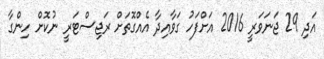
އަދި 29 ޖަނަވަރީ 2016 އަށްފަހު ގަވާއިދާ އެއްގޮތަށް ރަޖިސްޓަރީ ނުކޮށް ހިންގާ